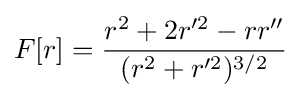
F[r]={\frac {r^{2}+2r'^{2}-rr''}{(r^{2}+r'^{2})^{3/2}}}